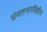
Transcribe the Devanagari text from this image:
संचलनांगविहीन